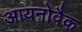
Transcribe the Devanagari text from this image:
आयनोवैक